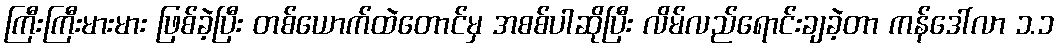
ကြီးကြီးမားမား ဖြစ်ခဲ့ပြီး တစ်ယောက်ထဲတောင်မှ အစစ်ပါဆိုပြီး လိမ်လည်ရောင်းချခဲ့တာ ကန်ဒေါ်လာ ၁.၁